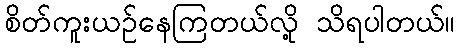
စိတ်ကူးယဉ်နေကြတယ်လို့ သိရပါတယ်။